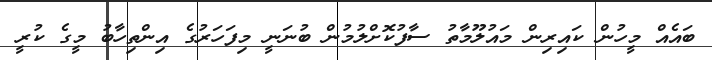
ބައެއް މީހުން ކައިރިން މައުލޫމާތު ސާފުކޮށްލުމުން ބުނަނީ މިފަހަރުގެ އިންތިހާބު މީގެ ކުރީ